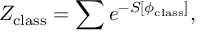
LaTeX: Z _ { \mathrm { c l a s s } } = \sum e ^ { - S [ \phi _ { \mathrm { c l a s s } } ] } ,